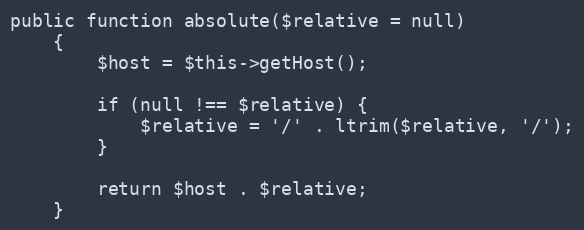
Language: PHP
public function absolute($relative = null)
    {
        $host = $this->getHost();

        if (null !== $relative) {
            $relative = '/' . ltrim($relative, '/');
        }

        return $host . $relative;
    }